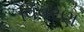
વિવરણ